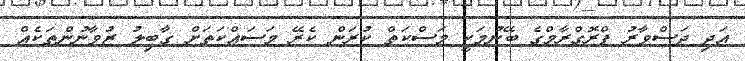
އަދި ދަސްވާރު ޕްރޮގްރާމްގެ ބޭނުމަކީ މަސްކަތް ކުރަން ކެރޭ މަސައްކަތަށް ގާބިލު ޒުވާނުންތަކެއް